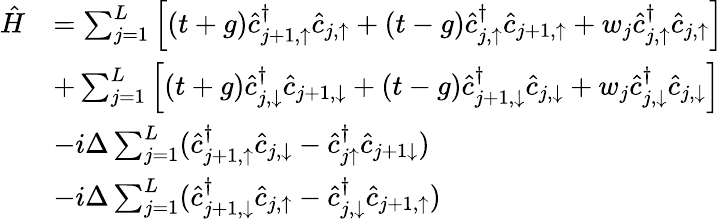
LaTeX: \begin{array}{rl}{\hat{H}}&{=\sum_{j=1}^{L}\left[(t+g)\hat{c}_{j+1,\uparrow}^{\dagger}\hat{c}_{j,\uparrow}+(t-g)\hat{c}_{j,\uparrow}^{\dagger}\hat{c}_{j+1,\uparrow}+w_{j}\hat{c}_{j,\uparrow}^{\dagger}\hat{c}_{j,\uparrow}\right]}\\ &{+\sum_{j=1}^{L}\left[(t+g)\hat{c}_{j,\downarrow}^{\dagger}\hat{c}_{j+1,\downarrow}+(t-g)\hat{c}_{j+1,\downarrow}^{\dagger}\hat{c}_{j,\downarrow}+w_{j}\hat{c}_{j,\downarrow}^{\dagger}\hat{c}_{j,\downarrow}\right]}\\ &{-i\Delta\sum_{j=1}^{L}(\hat{c}_{j+1,\uparrow}^{\dagger}\hat{c}_{j,\downarrow}-\hat{c}_{j\uparrow}^{\dagger}\hat{c}_{j+1\downarrow})}\\ &{-i\Delta\sum_{j=1}^{L}(\hat{c}_{j+1,\downarrow}^{\dagger}\hat{c}_{j,\uparrow}-\hat{c}_{j,\downarrow}^{\dagger}\hat{c}_{j+1,\uparrow})}\end{array}